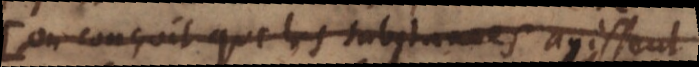
On conçoit que les substances agissent